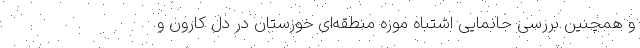
و همچنین بررسیِ جانمایی اشتباه موزه منطقه‌ای خوزستان در دل کارون و